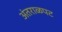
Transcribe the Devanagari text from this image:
अंतराळपट